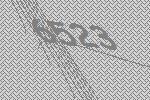
6523